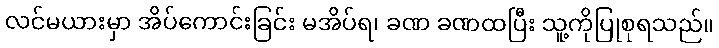
လင်မယားမှာ အိပ်ကောင်းခြင်း မအိပ်ရ၊ ခဏ ခဏထပြီး သူ့ကိုပြုစုရသည်။